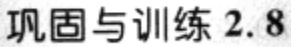
巩固与训练 2.8